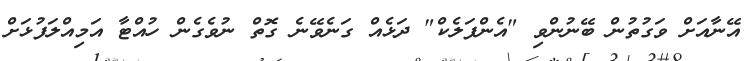
އޭނާއަށް ވަގުތުން ބޭނުންވި "އެންފަލެކް" ދަޅެއް ގަނެވޭނެ ގޮތް ނުވެގެން ހުއްޓާ އަމިއްލަފުޅަށް